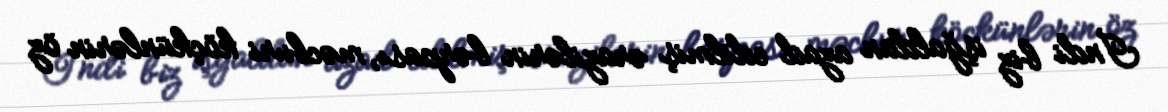
İndi biz işğaldan azad edilmiş ərazilərin bərpası, məcburi köçkünlərin öz